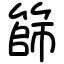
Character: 篩